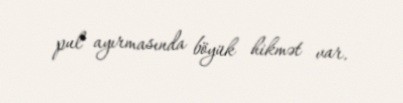
pul ayırmasında böyük hikmət var.